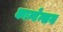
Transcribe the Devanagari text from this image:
कान्वेन्सन